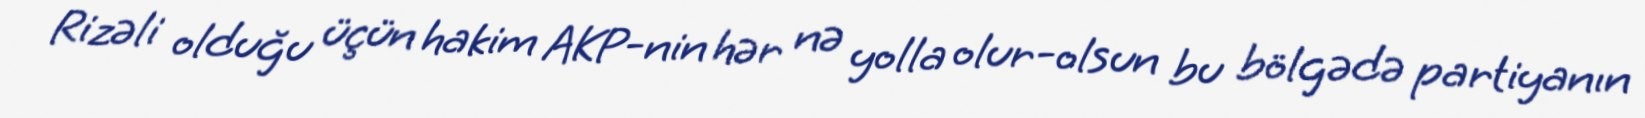
Rizəli olduğu üçün hakim AKP-nin hər nə yolla olur-olsun bu bölgədə partiyanın